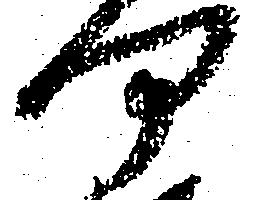
何